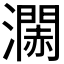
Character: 𤁹